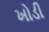
ખોડી